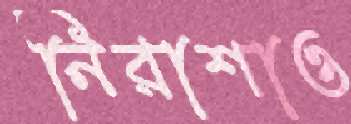
নিরাশাও